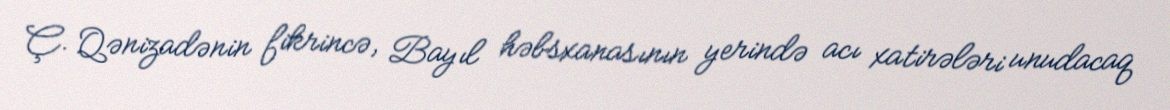
Ç. Qənizadənin fikrincə, Bayıl həbsxanasının yerində acı xatirələri unudacaq